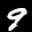
Label: 9